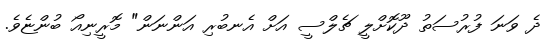
ދެ ވަނަ ފުރުސަތު ދޫކޮށްލީ ޗެލްސީ އަށް އެނބުރި އަންނަން" މޮރީނިއޯ ބުންޏެވެ.